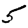
Digit: 5